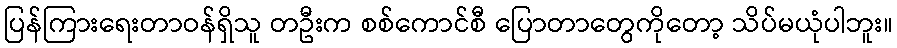
ပြန်ကြားရေးတာဝန်ရှိသူ တဦးက စစ်ကောင်စီ ပြောတာတွေကိုတော့ သိပ်မယုံပါဘူး။